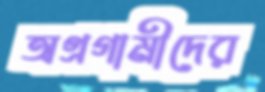
অগ্রগামীদের